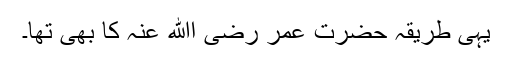
یہی طریقہ حضرت عمر رضی اﷲ عنہ کا بھی تھا۔